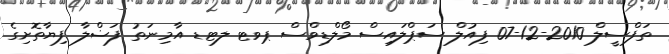
ތަފްސީލް 2010-12-07 ފިއުލް ސަޕްލައިސް މޯލްޑިވްސް ޕވޓ ލޓޑ އާމިނަތު ފަޟްލާ ފިޔާތޮށިގެ